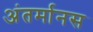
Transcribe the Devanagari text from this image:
अंतर्मानस